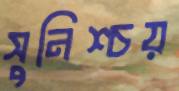
সুনিশ্চয়